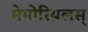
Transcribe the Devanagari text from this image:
मेमोरियलस्